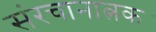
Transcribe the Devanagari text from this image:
संरचानात्नक